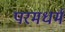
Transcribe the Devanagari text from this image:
परमधर्म